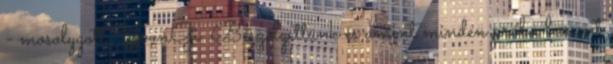
- mosolygott YoonGi. Beszélgettünk és amint minden próba lement